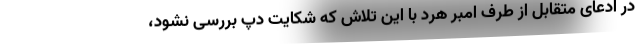
در ادعای متقابل از طرف امبر هرد با این تلاش که شکایت دپ بررسی نشود،